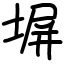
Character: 塀